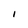
Character: I